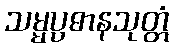
သမ္မပ္ပဓာနသုတ္တံ